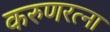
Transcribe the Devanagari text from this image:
करुणरत्ना